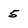
Character: 5